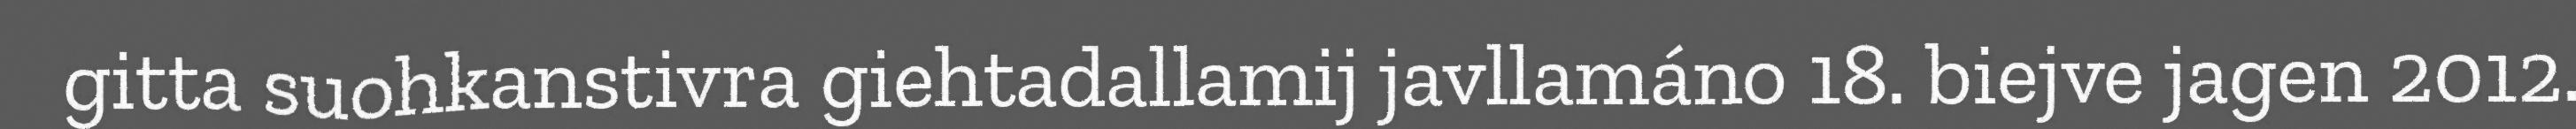
gitta suohkanstivra giehtadallamij javllamáno 18. biejve jagen 2012.